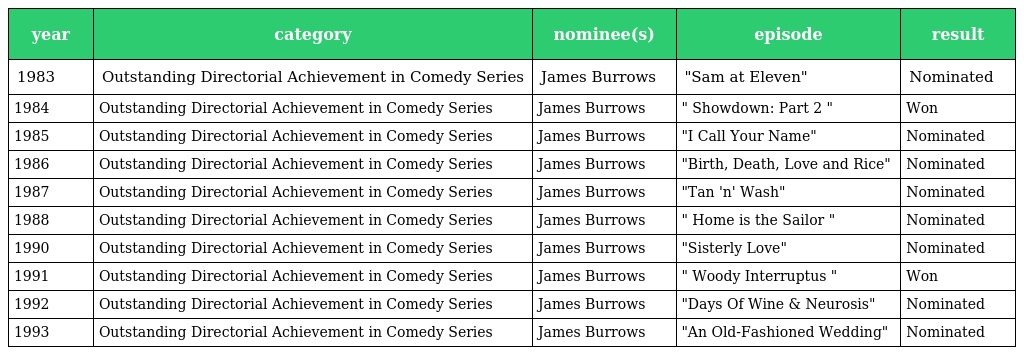
| year | category | nominee(s) | episode | result |
 | --- | --- | --- | --- | --- |
 | 1983 | Outstanding Directorial Achievement in Comedy Series | James Burrows | "Sam at Eleven" | Nominated |
 | 1984 | Outstanding Directorial Achievement in Comedy Series | James Burrows | " Showdown: Part 2 " | Won |
 | 1985 | Outstanding Directorial Achievement in Comedy Series | James Burrows | "I Call Your Name" | Nominated |
 | 1986 | Outstanding Directorial Achievement in Comedy Series | James Burrows | "Birth, Death, Love and Rice" | Nominated |
 | 1987 | Outstanding Directorial Achievement in Comedy Series | James Burrows | "Tan 'n' Wash" | Nominated |
 | 1988 | Outstanding Directorial Achievement in Comedy Series | James Burrows | " Home is the Sailor " | Nominated |
 | 1990 | Outstanding Directorial Achievement in Comedy Series | James Burrows | "Sisterly Love" | Nominated |
 | 1991 | Outstanding Directorial Achievement in Comedy Series | James Burrows | " Woody Interruptus " | Won |
 | 1992 | Outstanding Directorial Achievement in Comedy Series | James Burrows | "Days Of Wine & Neurosis" | Nominated |
 | 1993 | Outstanding Directorial Achievement in Comedy Series | James Burrows | "An Old-Fashioned Wedding" | Nominated |